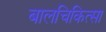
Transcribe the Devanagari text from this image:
बालचिकित्सा